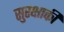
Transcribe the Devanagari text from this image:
सुरक्षाकी